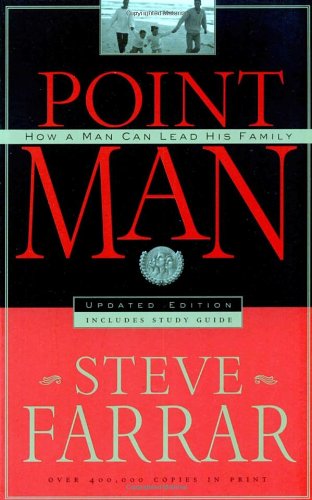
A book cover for Point Man: How a Man Can Lead His Family; Steve Farrar; Christian Books & Bibles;